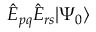
\hat { E } _ { p q } \hat { E } _ { r s } | \Psi _ { 0 } \rangle